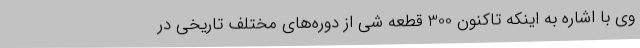
وی با اشاره به اینکه تاکنون 300 قطعه شی از دوره‌های مختلف تاریخی در